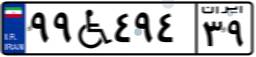
۹۹W۴۹۴۳۹